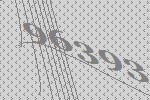
96393